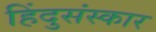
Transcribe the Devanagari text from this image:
हिंदुसंस्कार